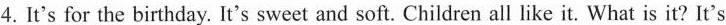
4.It's for the birthday. It's sweet and soft. Children all like it. What is it? It's